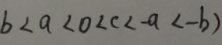
b < a < 0 < c < - a < - b )